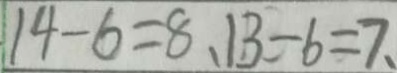
1 4 - 6 = 8 、 1 3 - 6 = 7 、